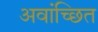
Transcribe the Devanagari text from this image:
अवांच्छित